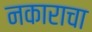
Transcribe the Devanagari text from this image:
नकाराचा